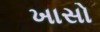
ખાસો